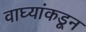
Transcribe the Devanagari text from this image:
वाघ्यांकडून